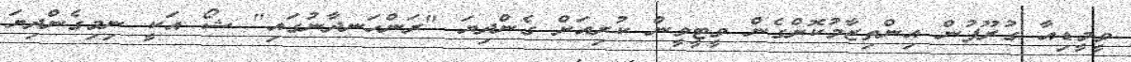
ވީމީޑިއާ ގުރޫޕުން އިންތިޒާމުކޮށްގެން ވީޓީވީން ކުރިއަށް ގެންދިޔަ "ރަންހަނދާނުގައި" ޝޯ އަކީ ނިމިގެންދިޔަ